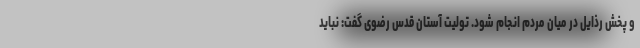
و پخش رذایل در میان مردم انجام شود. تولیت آستان قدس رضوی گفت: نباید